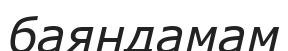
баяндамам